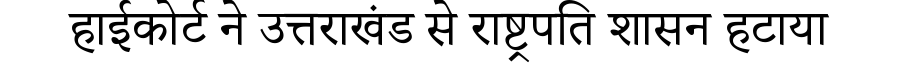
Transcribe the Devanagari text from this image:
हाईकोर्ट ने उत्तराखंड से राष्ट्रपति शासन हटाया